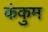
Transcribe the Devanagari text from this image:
कंकुम